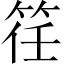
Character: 䇮